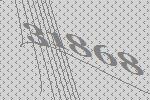
31868